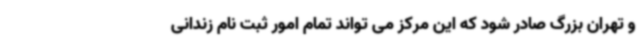
و تهران بزرگ صادر شود که این مرکز می تواند تمام امور ثبت نام زندانی